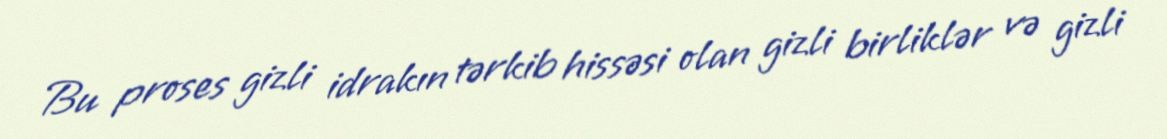
Bu proses gizli idrakın tərkib hissəsi olan gizli birliklər və gizli